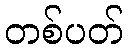
တစ်ပတ်